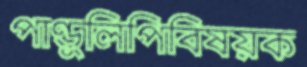
পাণ্ডুলিপিবিষয়ক